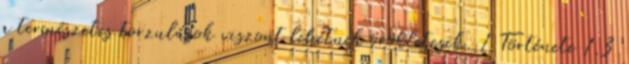
a természetes torzulások viszont lehetnek örökletesek. 1 Története 1.3